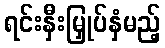
ရင်းနှီးမြှုပ်နှံမည့်